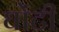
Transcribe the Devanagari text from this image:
घोंटी